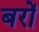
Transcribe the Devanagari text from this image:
बरों